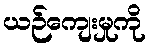
ယဉ်ကျေးမှုကို